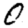
Digit: 0